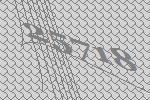
25718